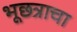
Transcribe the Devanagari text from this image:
भूछत्राचा